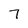
Character: 7